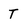
Character: T